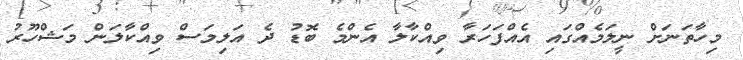
މިހާތަނަށް ނީލަމެއްގައި އެއްފަހަރާ ވިއްކާލާ އެންމެ ބޮޑު ދެ އަލިމަސް ވިއްކާލަން މަޝްހޫރު